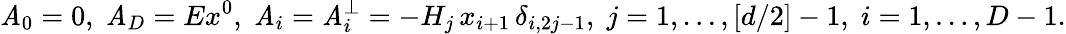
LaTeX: \mathit{A}_{0}=0,\; \mathit{A}_{D}=Ex^{0},\; \mathit{A}_{i}=\mathit{A}_{i}^{\perp}=-H_{j}\, x_{i+1}\, \delta_{i,2j-1},\; j=1,\ldots,[d/2]-1,\; i=1,\ldots,D-1.